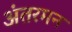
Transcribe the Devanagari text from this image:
अंतरमन